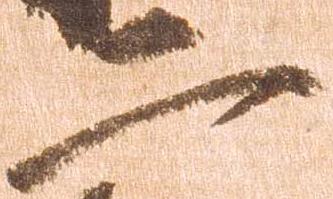
二